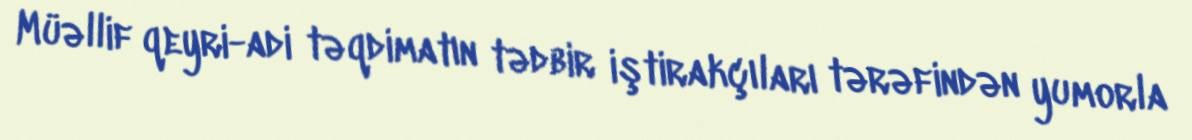
Müəllif qeyri-adi təqdimatın tədbir iştirakçıları tərəfindən yumorla